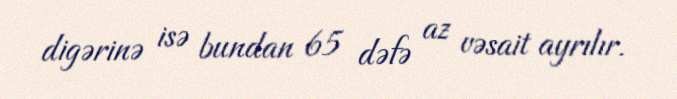
digərinə isə bundan 65 dəfə az vəsait ayrılır.